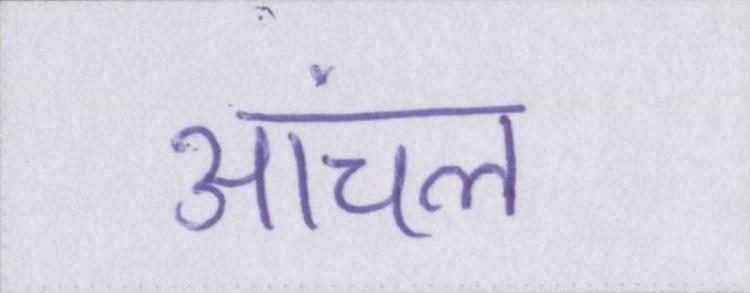
आंचल